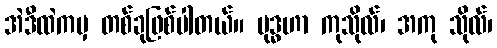
အဲဒီထဲကမှ တစ်ခုဖြစ်ပါတယ်။ ဗုဒ္ဓဟာ ကုသိုလ်၊ အကု သိုလ်၊